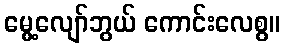
မွေ့လျော်ဘွယ် ကောင်းလေစွ။